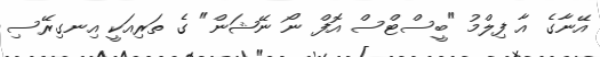
އޭނާގެ އާ ފިލްމު "ބީސްޓްސް އޮފް ނޯ ނޭޝަން" ގެ ތަރިއަކީ އިނގިރޭސި